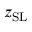
z _ { \mathrm { S L } }